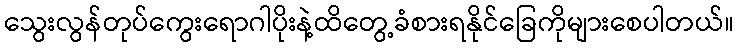
သွေးလွန်တုပ်ကွေးရောဂါပိုးနဲ့ထိတွေ့ခံစားရနိုင်ခြေကိုများစေပါတယ်။